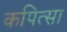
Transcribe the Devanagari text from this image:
कपित्सा